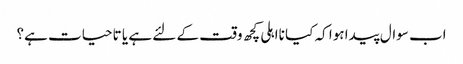
اب سوال پیدا ہوا کہ کیا نااہلی کچھ وقت کے لئے ہے یا تاحیات ہے؟